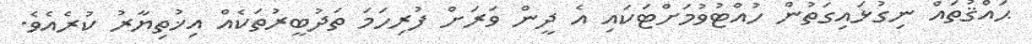
ޙައްޤުތައް ނިގުޅައިގަތުން ހުއްޓުވުމަށްޓަކައި އެ ދީން ވަރަށް ފުރިހަމަ ތަދުބީރުތަކެއް އިޚުތިޔާރު ކުރެއެވެ.